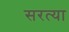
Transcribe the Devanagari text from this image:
सरत्या